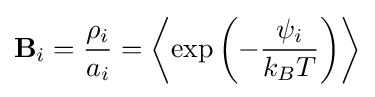
\mathbf {B} _{i}={\frac {\rho _{i}}{a_{i}}}=\left\langle \exp \left(-{\frac {\psi _{i}}{k_{B}T}}\right)\right\rangle